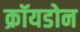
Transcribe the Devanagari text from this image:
क्रॉयडोन